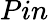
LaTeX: Pin